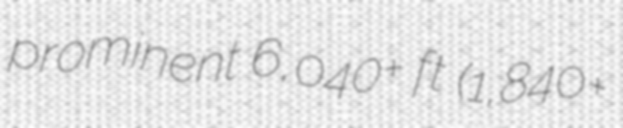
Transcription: prominent 6,040+ ft (1,840+